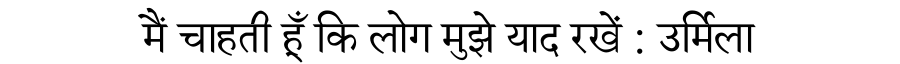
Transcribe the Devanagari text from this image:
मैं चाहती हूँ कि लोग मुझे याद रखें : उर्मिला